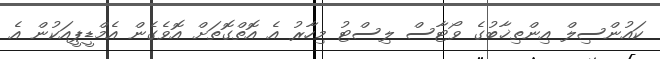
ކައުންސިލް އިންތިޚާބުގެ ވޯޓާސް ލިސްޓު މިހާރު އެ އޮތްގޮތަށް އޮވެގެން އެމްޑީޕީއަކުން އެ